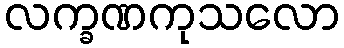
လက္ခဏကုသလော